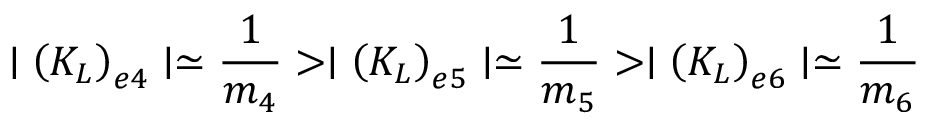
\mid \left( K _ { L } \right) _ { e 4 } \mid \simeq \frac { 1 } { m _ { 4 } } > \mid \left( K _ { L } \right) _ { e 5 } \mid \simeq \frac { 1 } { m _ { 5 } } > \mid \left( K _ { L } \right) _ { e 6 } \mid \simeq \frac { 1 } { m _ { 6 } }